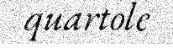
quartole